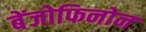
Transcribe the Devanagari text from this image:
बेंजोफिनोन